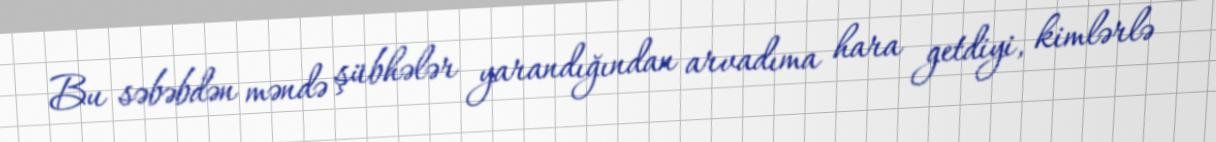
Bu səbəbdən məndə şübhələr yarandığından arvadıma hara getdiyi, kimlərlə